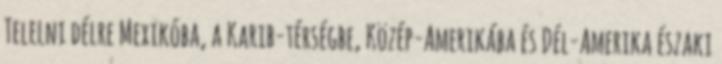
Telelni délre Mexikóba, a Karib-térségbe, Közép-Amerikába és Dél-Amerika északi